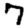
Digit: 7